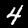
Label: 4